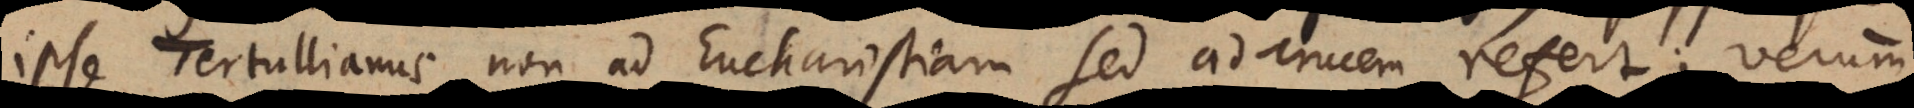
ipse Tertullianus non ad Eucharistiam sed ad crucem refert; verum